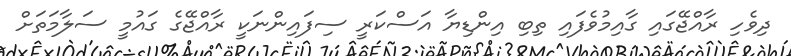
ދިވެހި ރާއްޖޭގައި ގާއިމުވެފައި ތިބި އިންޑިޔާ އަސްކަރީ ސިފައިންނަކީ ރާއްޖޭގެ ގައުމީ ސަލާމަތަށް